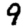
Digit: 9